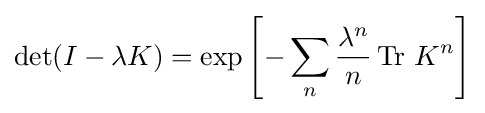
\det(I-\lambda K)=\exp \left[-\sum _{n}{\frac {\lambda ^{n}}{n}}\operatorname {Tr} \,K^{n}\right]